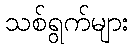
သစ်ရွက်များ